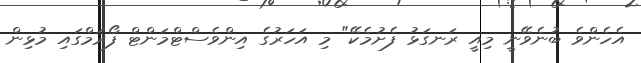
އެހެންވެ ބުނެވޭނީ މިއީ ރަނގަޅު ފެށުމެކޭ" މި އަހަރުގެ އިންވެސްޓްމަންޓް ފޯރަމްގައި މުޅިން